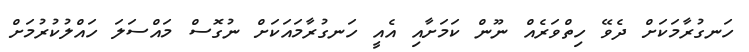
ހަނގުރާމަކަށް ދެވޭ ހިތްވަރެއް ނޫން ކަމަށާއި އެއީ ހަނގުރާމައަކަށް ނުގޮސް މައްސަލަ ހައްލުކުރުމަށް